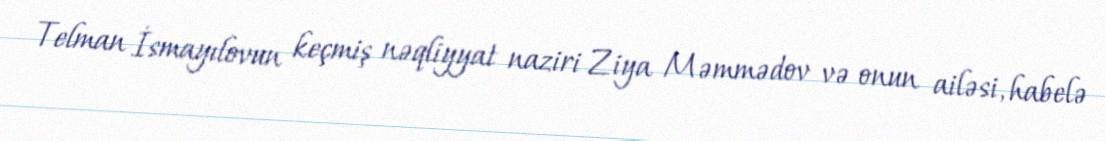
Telman İsmayılovun keçmiş nəqliyyat naziri Ziya Məmmədov və onun ailəsi, habelə